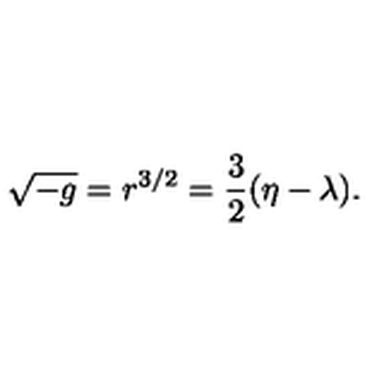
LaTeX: \sqrt { - g } = r ^ { 3 / 2 } = { \frac { 3 } { 2 } } ( \eta - \lambda ) .